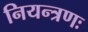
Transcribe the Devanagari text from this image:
नियन्त्रणः